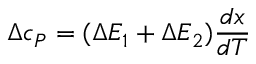
\Delta c _ { P } = ( \Delta E _ { 1 } + \Delta E _ { 2 } ) \frac { d x } { d T }